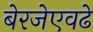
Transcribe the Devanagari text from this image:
बेरजेएवढे